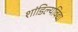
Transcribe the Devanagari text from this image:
शांडिल्यविद्या